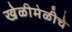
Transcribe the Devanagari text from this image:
खेळीमेळीचे